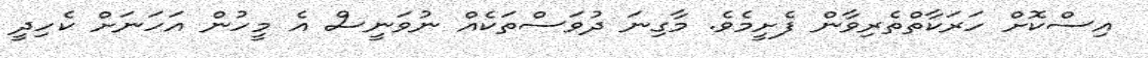
އިސްކޮށް ހަރަކާތްތެރިވާން ފެށީމެވެ. މާގިނަ ދުވަސްތަކެއް ނުވަނީސް އެ މީހުން އަހަނަށް ކެހިދީ